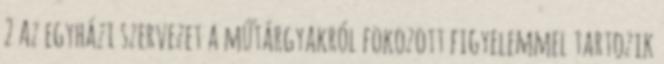
2 Az egyházi szervezet a műtárgyakról fokozott figyelemmel tartozik